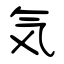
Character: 気